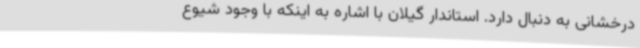
درخشانی به دنبال دارد. استاندار گیلان با اشاره به اینکه با وجود شیوع